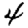
Digit: 4